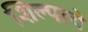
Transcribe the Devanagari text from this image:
शिल्पाचे